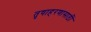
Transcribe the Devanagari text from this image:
तृषाहरणासाठीं